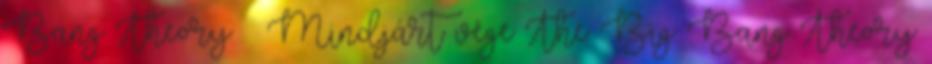
Bang Theory – Mindjárt vége The Big Bang Theory